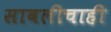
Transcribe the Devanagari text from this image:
सावलीचाही